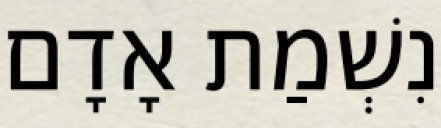
נִשְׁמַת אָדָם